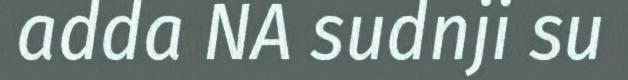
adda NA sudnji su